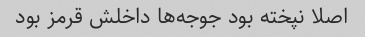
اصلا نپخته بود جوجه‌ها داخلش قرمز بود